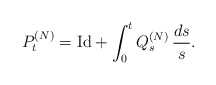
\begin{align*}P_t^{(N)} = \textrm{Id}+ \int_0^t Q_s^{(N)} \, \frac{ds}{s}.\end{align*}